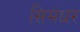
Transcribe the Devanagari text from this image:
सिमंधर